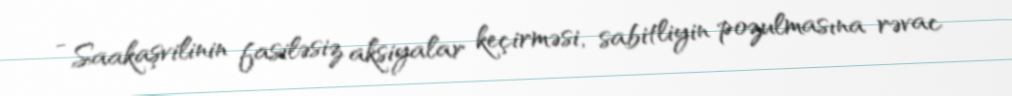
- Saakaşvilinin fasiləsiz aksiyalar keçirməsi, sabitliyin pozulmasına rəvac